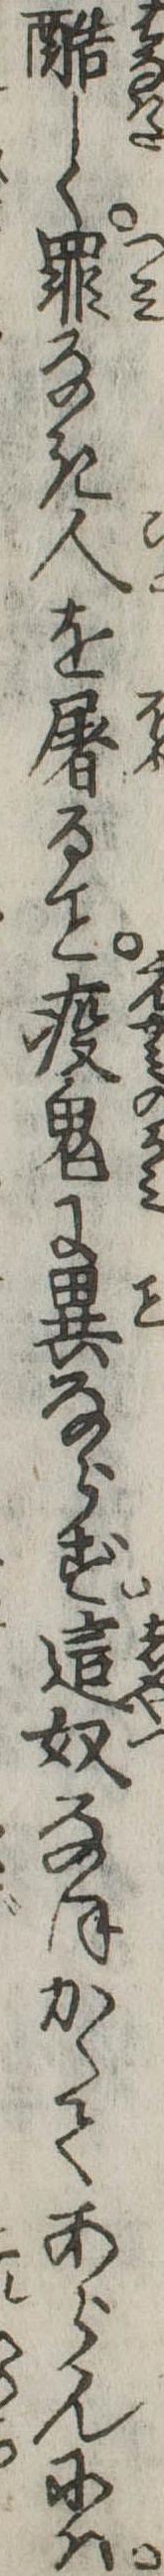
酷しく罪なき人を屠る疫鬼に異ならず這奴なほかくてあらんには